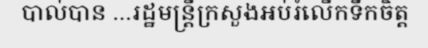
បាល់បាន ...រដ្ឋមន្ត្រីក្រសួងអប់រំលើកទឹកចិត្ត